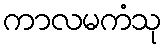
ကာလမကံသု